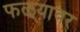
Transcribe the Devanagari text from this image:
फळ्यावर